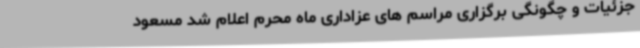
جزئیات و چگونگی برگزاری مراسم های عزاداری ماه محرم اعلام شد مسعود